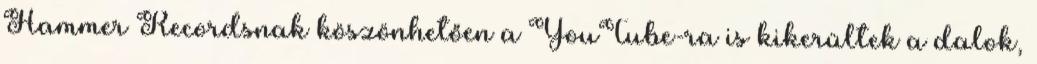
Hammer Recordsnak köszönhetően a YouTube-ra is kikerültek a dalok,